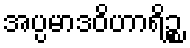
အပ္ပမာဒဝိဟာရိဉ္စ